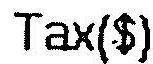
TAX($)